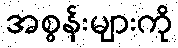
အစွန်းများကို